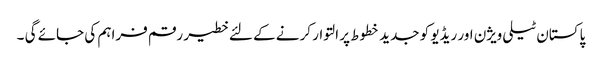
پاکستان ٹیلی ویژن اور ریڈیو کو جدید خطوط پر التوار کرنے کے لئے خطیر رقم فراہم کی جائے گی ۔